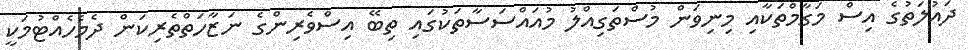
ދައުލަތުގެ އިސް މަގާމްތަކާއި މިނިވަން މުސްތަގިއްލު މުއައްސަސާތަކުގައި ތިބޭ އިސްވެރިންގެ ނަޒާހަތްތެރިކަން ދެމެެހެއްޓުމަކީ